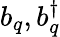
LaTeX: b_{q},b_{q}^{\dagger}